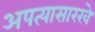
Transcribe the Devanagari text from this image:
अपत्यासारखे